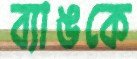
ব্যাঙকে